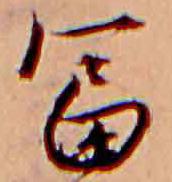
富